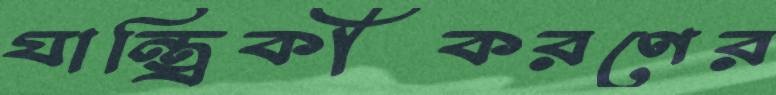
যান্ত্রিকীকরণের